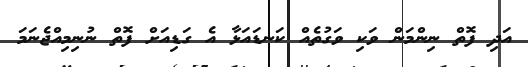
އަދި ފޮތް ނިންމަން ވަކި ވަގުތެއް ކަނޑައަޅާ އެ ގަޑިއަށް ފޮތް ނުނިމިއްޖެނަމަ